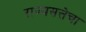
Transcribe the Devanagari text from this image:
राज्यसत्तेचा